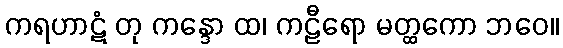
ကရဟာဋံ တု ကန္ဒော ထ၊ ကဠီရော မတ္ထကော ဘဝေ။